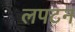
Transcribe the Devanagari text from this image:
लपटन